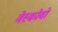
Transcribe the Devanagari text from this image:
वेस्कोवो